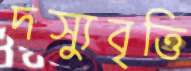
দস্যুবৃত্তি